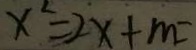
x ^ { 2 } = 2 x + m =